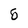
Character: 5